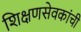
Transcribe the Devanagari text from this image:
शिक्षणसेवकांची